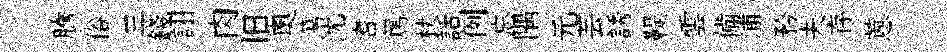
騰俗三錢詡肉旧奧蕩沈耆篤杖話例忘隅元芸誘鞮雲備浦矜夫存蔥